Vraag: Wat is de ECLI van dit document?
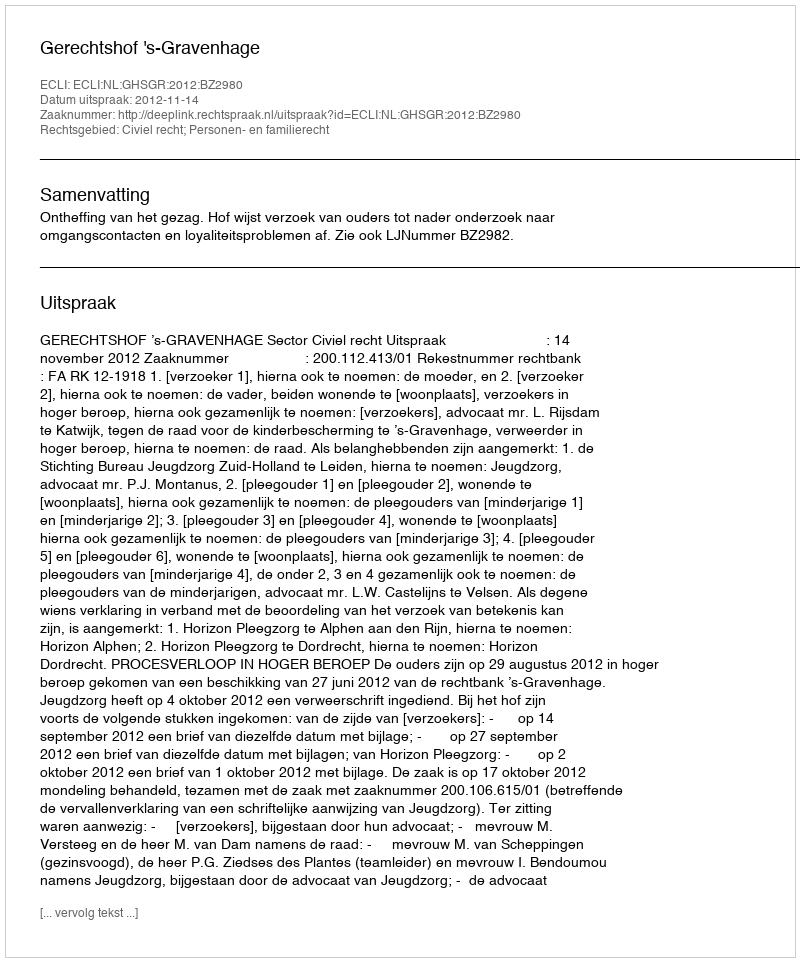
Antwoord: ECLI:NL:GHSGR:2012:BZ2980